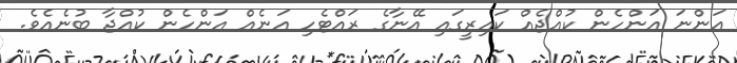
އަންނަ އަންހެން ކުއްޖެއް ކައިރީގައި އޭނާގެ ރައްޓެހި އަނެއް އަންހެން ކުއްޖާ ބުނެއެވެ.